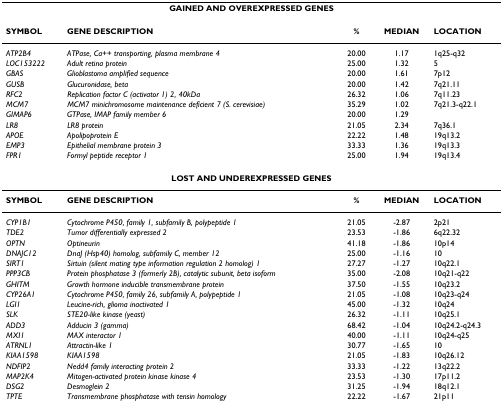
<table><thead><tr><td colspan="5"><b>GAINED AND OVEREXPRESSED GENES</b></td></tr></thead><tbody><tr><td><b>SYMBOL</b></td><td><b>GENE DESCRIPTION</b></td><td><b>%</b></td><td><b>MEDIAN</b></td><td><b>LOCATION</b></td></tr><tr><td><i>ATP2B4</i></td><td><i>ATPase, Ca++ transporting, plasma membrane 4</i></td><td>20.00</td><td>1.17</td><td>1q25-q32</td></tr><tr><td><i>LOC153222</i></td><td><i>Adult retina protein</i></td><td>25.00</td><td>1.32</td><td>5</td></tr><tr><td><i>GBAS</i></td><td><i>Glioblastoma amplified sequence</i></td><td>20.00</td><td>1.61</td><td>7p12</td></tr><tr><td><i>GUSB</i></td><td><i>Glucuronidase, beta</i></td><td>20.00</td><td>1.42</td><td>7q21.11</td></tr><tr><td><i>RFC2</i></td><td><i>Replication factor C (activator 1) 2, 40kDa</i></td><td>26.32</td><td>1.06</td><td>7q11.23</td></tr><tr><td><i>MCM7</i></td><td><i>MCM7 minichromosome maintenance deficient 7 (S. cerevisiae)</i></td><td>35.29</td><td>1.02</td><td>7q21.3-q22.1</td></tr><tr><td><i>GIMAP6</i></td><td><i>GTPase, IMAP family member 6</i></td><td>20.00</td><td>1.29</td><td></td></tr><tr><td><i>LR8</i></td><td><i>LR8 protein</i></td><td>21.05</td><td>2.34</td><td>7q36.1</td></tr><tr><td><i>APOE</i></td><td><i>Apolipoprotein E</i></td><td>22.22</td><td>1.48</td><td>19q13.2</td></tr><tr><td><i>EMP3</i></td><td><i>Epithelial membrane protein 3</i></td><td>33.33</td><td>1.36</td><td>19q13.3</td></tr><tr><td><i>FPR1</i></td><td><i>Formyl peptide receptor 1</i></td><td>25.00</td><td>1.94</td><td>19q13.4</td></tr><tr><td colspan="5"><b>LOST AND UNDEREXPRESSED GENES</b></td></tr><tr><td><b>SYMBOL</b></td><td><b>GENE DESCRIPTION</b></td><td><b>%</b></td><td><b>MEDIAN</b></td><td><b>LOCATION</b></td></tr><tr><td><i>CYP1B1</i></td><td><i>Cytochrome P450, family 1, subfamily B, polypeptide 1</i></td><td>21.05</td><td>-2.87</td><td>2p21</td></tr><tr><td><i>TDE2</i></td><td><i>Tumor differentially expressed 2</i></td><td>23.53</td><td>-1.86</td><td>6q22.32</td></tr><tr><td><i>OPTN</i></td><td><i>Optineurin</i></td><td>41.18</td><td>-1.86</td><td>10p14</td></tr><tr><td><i>DNAJC12</i></td><td><i>DnaJ (Hsp40) homolog, subfamily C, member 12</i></td><td>25.00</td><td>-1.16</td><td>10</td></tr><tr><td><i>SIRT1</i></td><td><i>Sirtuin (silent mating type information regulation 2 homolog) 1</i></td><td>27.27</td><td>-1.27</td><td>10q22.1</td></tr><tr><td><i>PPP3CB</i></td><td><i>Protein phosphatase 3 (formerly 2B), catalytic subunit, beta isoform</i></td><td>35.00</td><td>-2.08</td><td>10q21-q22</td></tr><tr><td><i>GHITM</i></td><td><i>Growth hormone inducible transmembrane protein</i></td><td>37.50</td><td>-1.55</td><td>10q23.2</td></tr><tr><td><i>CYP26A1</i></td><td><i>Cytochrome P450, family 26, subfamily A, polypeptide 1</i></td><td>21.05</td><td>-1.08</td><td>10q23-q24</td></tr><tr><td><i>LGI1</i></td><td><i>Leucine-rich, glioma inactivated 1</i></td><td>45.00</td><td>-1.32</td><td>10q24</td></tr><tr><td><i>SLK</i></td><td><i>STE20-like kinase (yeast)</i></td><td>26.32</td><td>-1.11</td><td>10q25.1</td></tr><tr><td><i>ADD3</i></td><td><i>Adducin 3 (gamma)</i></td><td>68.42</td><td>-1.04</td><td>10q24.2-q24.3</td></tr><tr><td><i>MXI1</i></td><td><i>MAX interactor 1</i></td><td>40.00</td><td>-1.11</td><td>10q24-q25</td></tr><tr><td><i>ATRNL1</i></td><td><i>Attractin-like 1</i></td><td>30.77</td><td>-1.65</td><td>10</td></tr><tr><td><i>KIAA1598</i></td><td><i>KIAA1598</i></td><td>21.05</td><td>-1.83</td><td>10q26.12</td></tr><tr><td><i>NDFIP2</i></td><td><i>Nedd4 family interacting protein 2</i></td><td>33.33</td><td>-1.22</td><td>13q22.2</td></tr><tr><td><i>MAP2K4</i></td><td><i>Mitogen-activated protein kinase kinase 4</i></td><td>23.53</td><td>-1.30</td><td>17p11.2</td></tr><tr><td><i>DSG2</i></td><td><i>Desmoglein 2</i></td><td>31.25</td><td>-1.94</td><td>18q12.1</td></tr><tr><td><i>TPTE</i></td><td><i>Transmembrane phosphatase with tensin homology</i></td><td>22.22</td><td>-1.67</td><td>21p11</td></tr></tbody></table>